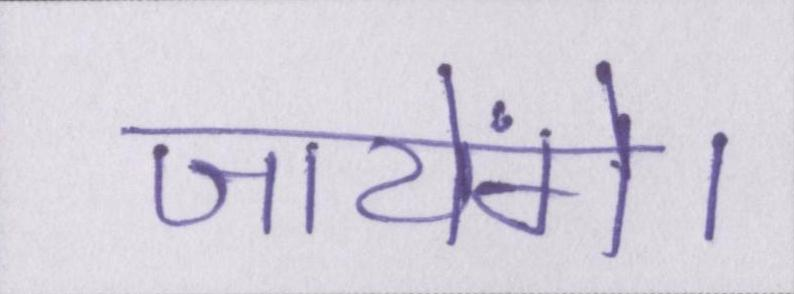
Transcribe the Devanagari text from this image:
जायेंगे।